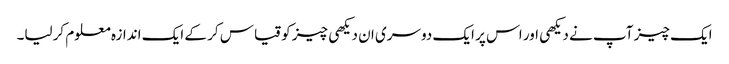
ایک چیز آپ نے دیکھی اور اس پر ایک دوسری ان دیکھی چیز کو قیاس کر کے ایک اندازہ معلوم کرلیا۔